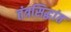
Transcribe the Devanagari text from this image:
तंत्रसिद्धांत